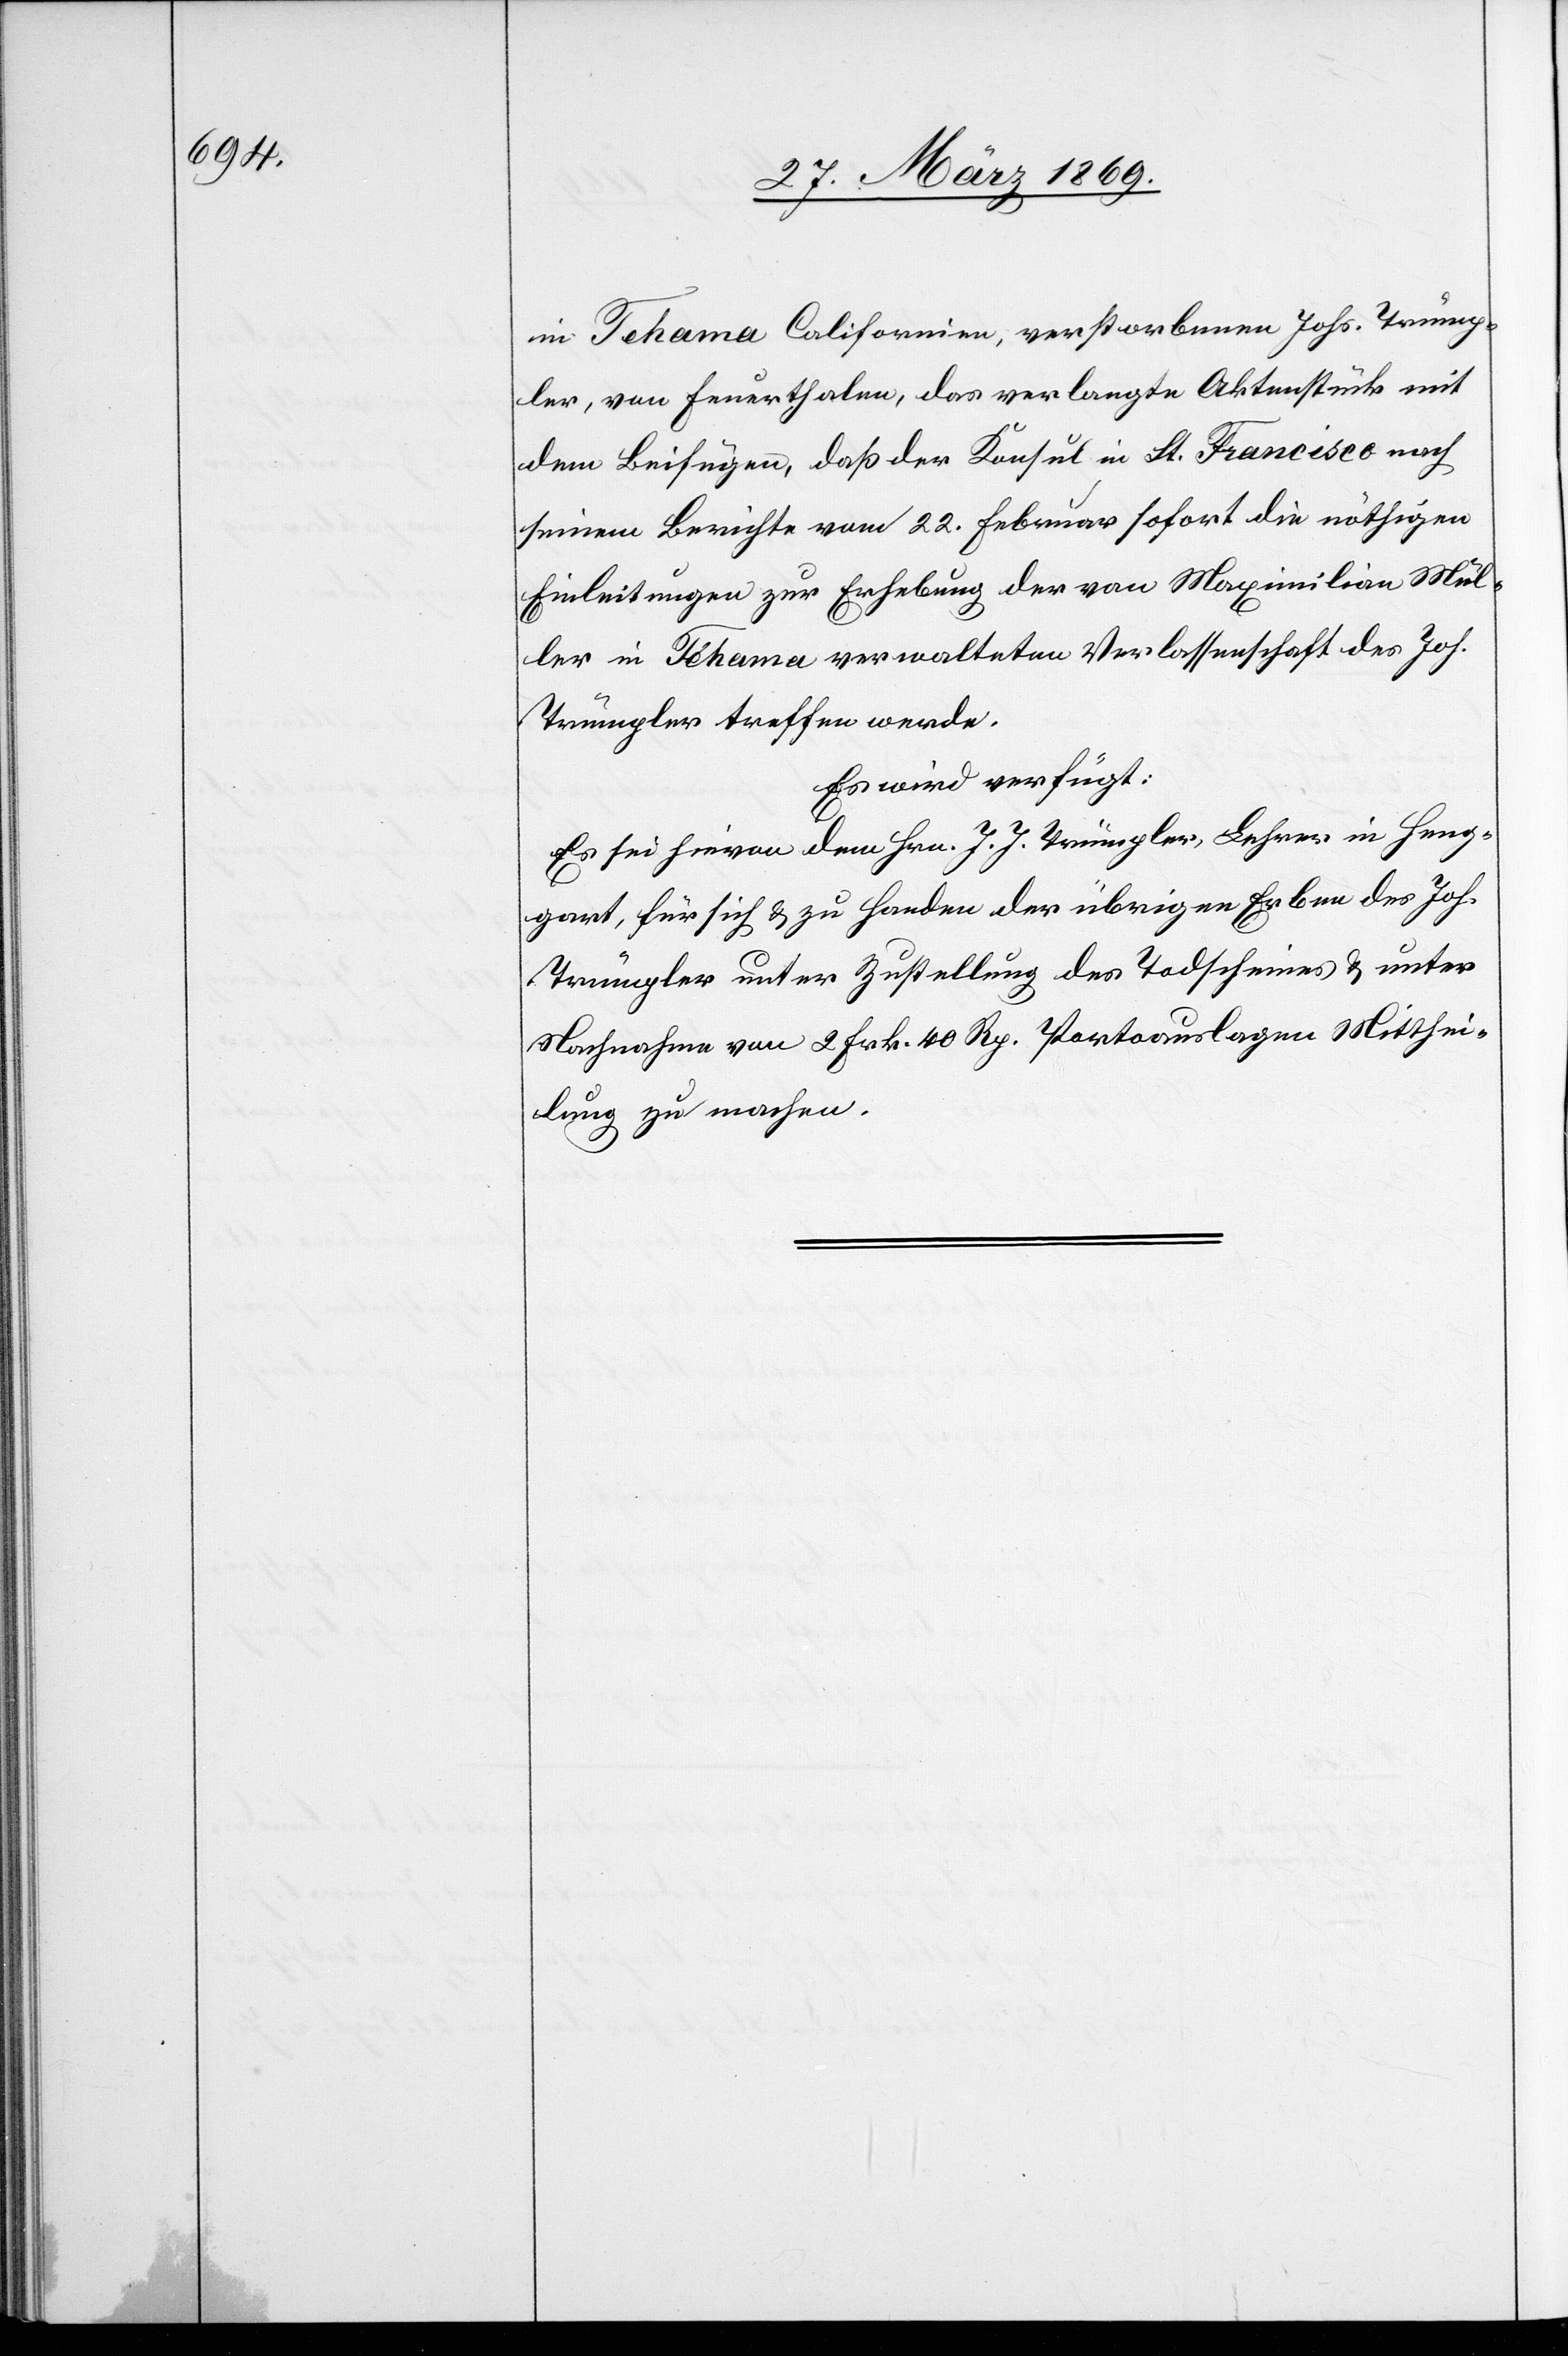
in Tehama Californien, verstorbenen Johs. Trümp¬
ler, von Feuerthalen, das verlangte Aktenstück mit
dem Beifügen, daß der Konsul in St. Francisco nach
seinem Berichte vom 22. Februar sofort die nöthigen
Einleitungen zur Erhebung des von Maximilian Mül¬
ler in Tehama verwalteten Verlassenschaft des Joh.
Trümpler treffen werde.
Es wird verfügt:
Es sei hievon dem Hrn. J. J. Trümpler, Lehrer in Hen¬
gart, für sich u. zu Handen der übrigen Erben des Joh.
Trümpler unter Zustellung des Todscheines u. unter
Nachnahme von 2 Frk. 40 Rp. Portoauslagen Mitthei¬
lung zu machen.